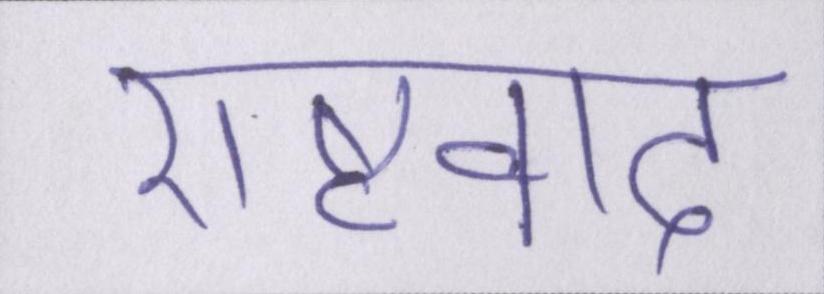
राष्ट्रवाद